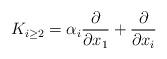
LaTeX: \begin{align*}K_{i \geq 2} = \alpha_i \frac{\partial}{\partial x_1} + \frac{\partial}{\partial x_i} \end{align*}